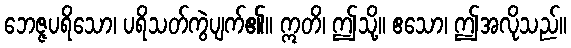
ဘေဇ္ဇပရိသော၊ ပရိသတ်ကွဲပျက်၏။ ဣတိ၊ ဤသို့။ ဧသော၊ ဤအလိုသည်။